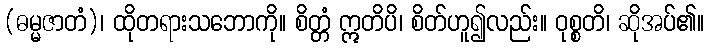
(ဓမ္မဇာတံ)၊ ထိုတရားသဘောကို။ စိတ္တံ ဣတိပိ၊ စိတ်ဟူ၍လည်း။ ဝုစ္စတိ၊ ဆိုအပ်၏။